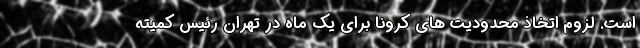
است. لزوم اتخاذ محدودیت های کرونا برای یک ماه در تهران رئیس کمیته